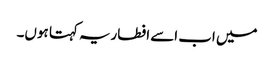
میں اب اسے افطاریہ کہتا ہوں۔